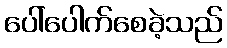
ပေါ်ပေါက်စေခဲ့သည်